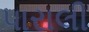
પારાલી